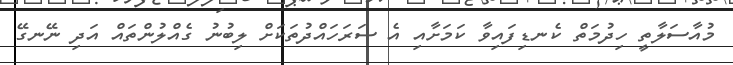
މުއާސަލާތީ ހިދުމަތް ކެނޑިފައިވާ ކަމަށާއި އެ ސަރަހައްދުތަކަށް ލިބުނު ގެއްލުންތައް އަަދި ނޭނގޭ